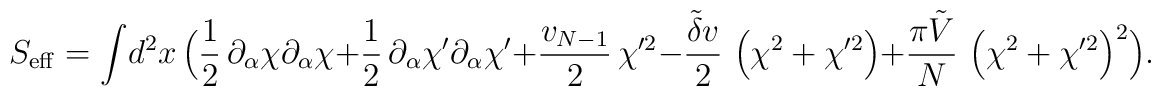
S_{\rm eff}= \int\! d^{2}x\, \Bigl( {1\over 2}\,\partial_{\alpha}\chi\partial_{\alpha}\chi + {1\over 2}\,\partial_{\alpha}\chi'\partial_{\alpha}\chi' + {v_{N-1}\over 2}\,\chi'^{2} - {\tilde\delta v\over 2}\,\left(\chi^{2} + \chi'^{2}\right)+ {\pi\tilde V\over N}\, \left( \chi^{2} + \chi'^{2}\right)^{2}\Bigr).